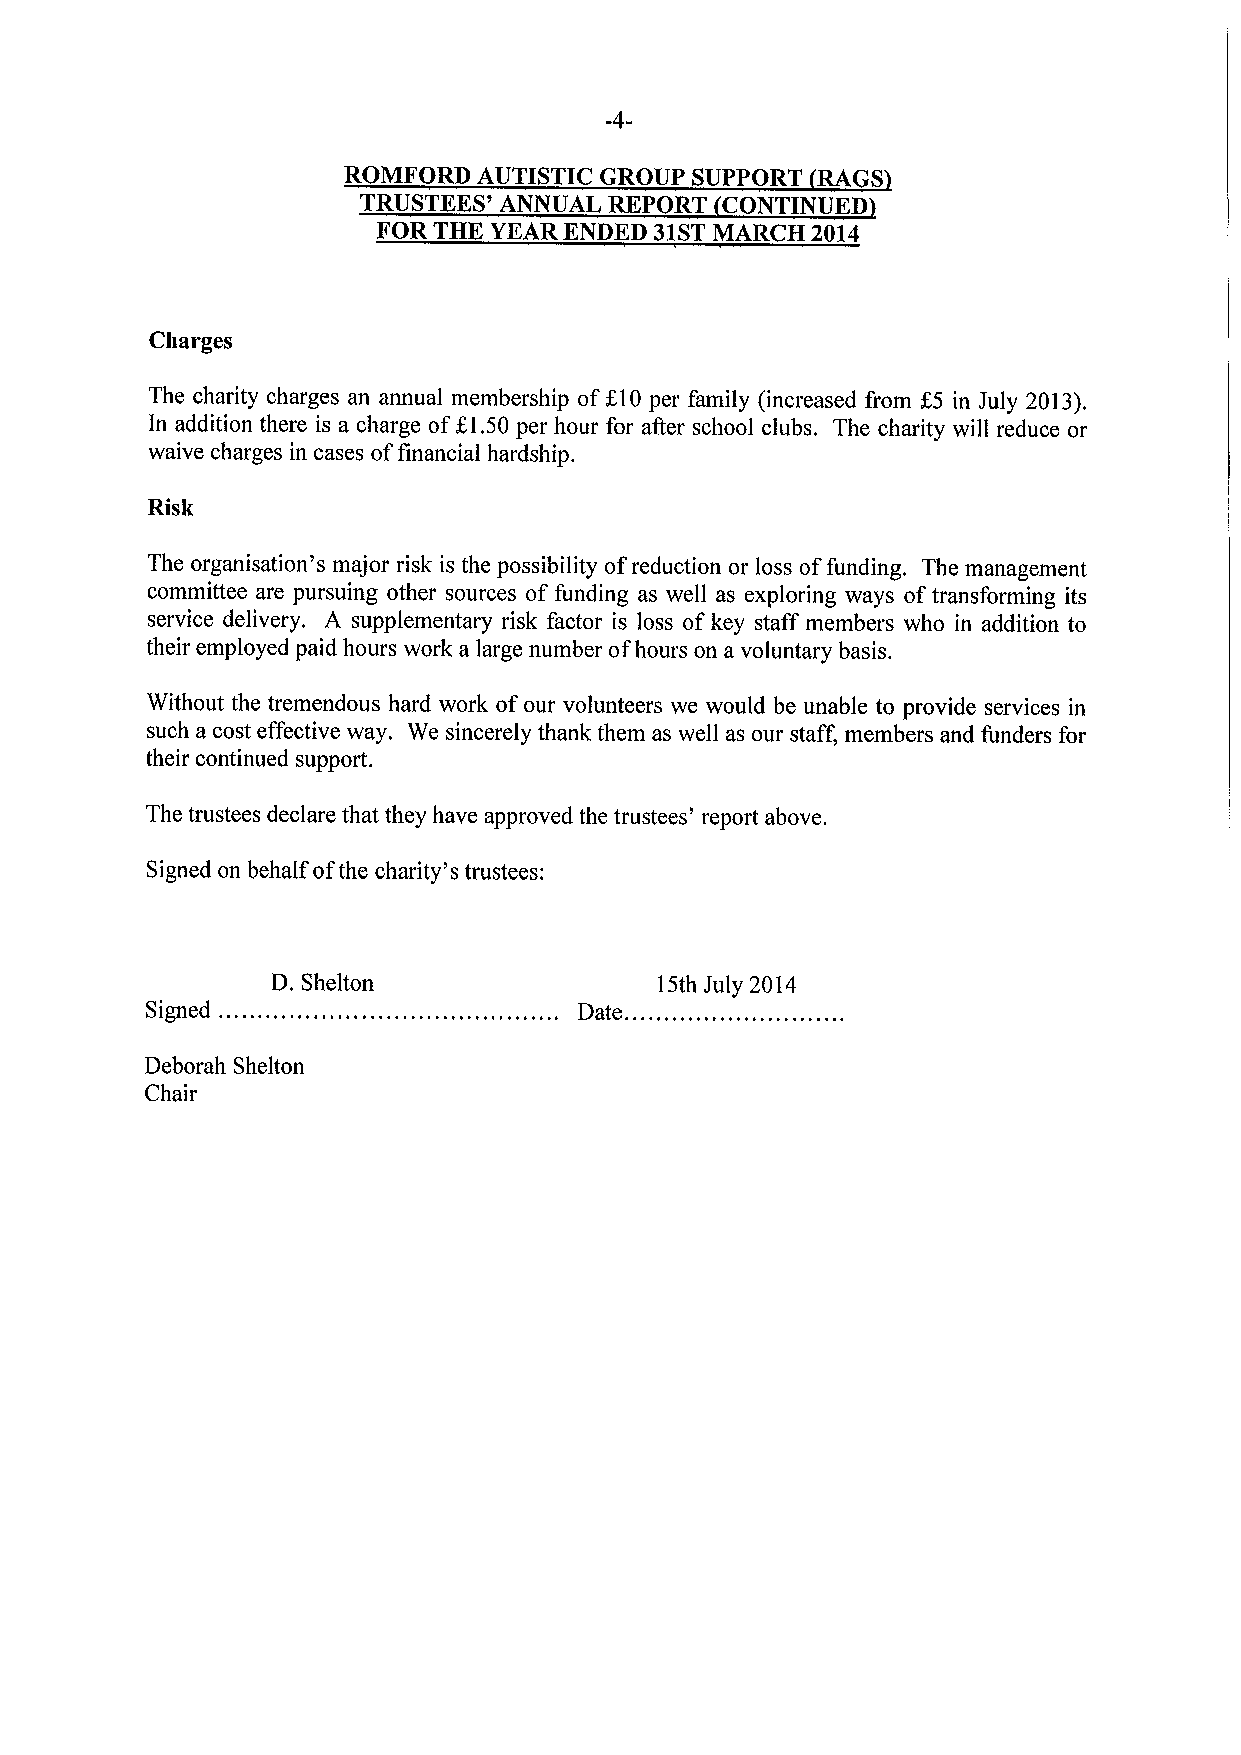
4
 ROMFORD  AUTISTIC GROUP SUPPORT RAGS
 TRUSTEES' ANNUAL REPORT CONTINUED
 FOR THK YEAR ENDED 31STMARCH 2014
 Charges
 The charity charges an annual membership off10 per family (increased from K5 in July 2013).
 In addition there is a charge ofK1,50 per hour for after school clubs. The charity will reduce or
 waive charges in cases offinancial hardship.
 Risk
 The organisation's major risk is the possibility ofreduction or loss offunding. The management
 committee are pursuing other sources of funding as well as exploring ways oftransforming its
 service delivery. A supplementary risk factor is loss ofkey staff members who in addition to
 their employed paid hours work a large number ofhours on a voluntary basis.
 Without the tremendous hard work ofour volunteers we would be unable to provide services in
 such a cost effective way. We sincerely thank them as well as our staff, members and funders for
 their continued support.
 The trustees declare that they have approved the trustees' report above.
 Signed on behalf ofthe charity's trustees:
 D. Shelton                15th July 2014
 Signed                      Date.
 Deborah Shelton
 Chair